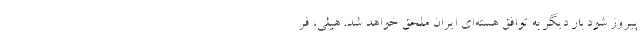
پیروز شود بار دیگر به توافق هسته‌ای ایران ملحق خواهد شد. هیلی، فر